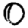
Digit: 0